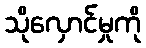
သိုလှောင်မှုကို